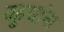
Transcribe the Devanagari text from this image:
यहुद्यांना